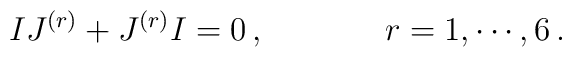
IJ^{(r)} + J^{(r)} I = 0\, ,\hskip 1.5truecm r = 1,\cdots ,6\, .